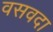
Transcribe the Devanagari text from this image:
वसवदा